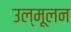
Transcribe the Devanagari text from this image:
उल्मूलन